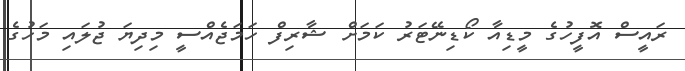
ރައީސް އޮފީހުގެ މީޑިއާ ކޯޑިނޭޓަރު ކަމަށް ޝާރިފް ހަމަޖެއްސީ މިދިޔަ ޖުލައި މަހުގެ